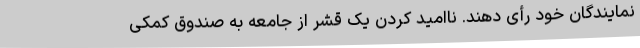
نمایندگان خود رأی دهند. ناامید کردن یک قشر از جامعه به صندوق کمکی